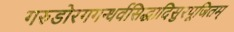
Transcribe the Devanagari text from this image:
गरुडोरगगन्धर्वसिद्धादिसुरपूजितम्